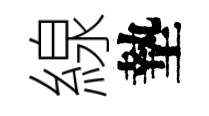
線墊